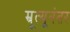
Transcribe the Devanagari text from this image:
म्रूत्यूनंतर